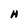
Character: H